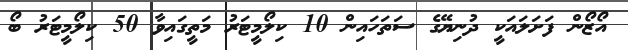
އޯޒޯން ފަށަލައަކީ ދުނިޔޭގެ ސަތަހައިން 10 ކިލޯމީޓަރު މަތީގައިވާ 50 ކިލޯމީޓަރު ބޯ